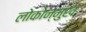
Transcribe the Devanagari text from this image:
लोकोन्मुख